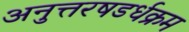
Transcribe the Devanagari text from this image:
अनुत्तरषडर्धक्रम